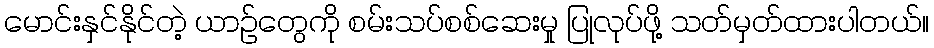
မောင်းနှင်နိုင်တဲ့ ယာဉ်တွေကို စမ်းသပ်စစ်ဆေးမှု ပြုလုပ်ဖို့ သတ်မှတ်ထားပါတယ်။